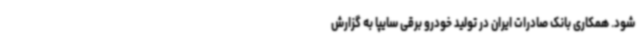
شود. همکاری بانک صادرات ایران در تولید خودرو برقی سایپا به گزارش